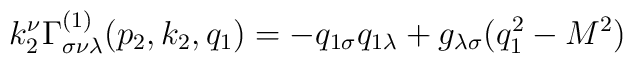
k_2^\nu \Gamma _{\sigma \nu \lambda }^{(1)}(p_2,k_2,q_1)=-q_{1\sigma}q_{1\lambda }+g_{\lambda \sigma }(q_1^2-M^2)